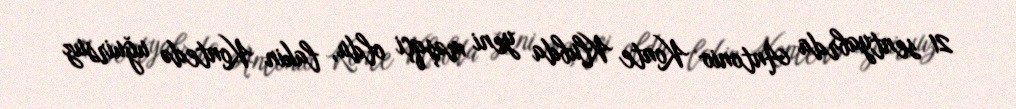
21 sentyabrda Antonio Konte Klubda yeni məşqçi oldu, lakin Kontedə uğuirsuz